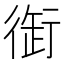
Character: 衘